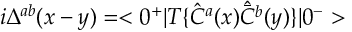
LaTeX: i \Delta ^ { a b } ( x - y ) = < 0 ^ { + } | T \{ \hat { C } ^ { a } ( x ) \hat { \bar { C } ^ { b } } ( y ) \} | 0 ^ { - } >